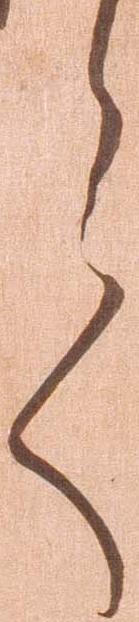
言